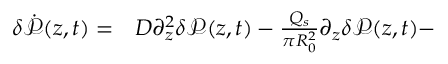
\begin{array} { r l } { \delta \dot { \mathcal { P } } ( z , t ) = } & { { } D \partial _ { z } ^ { 2 } \delta \mathcal { P } ( z , t ) - \frac { Q _ { s } } { \pi R _ { 0 } ^ { 2 } } \partial _ { z } \delta \mathcal { P } ( z , t ) - } \end{array}